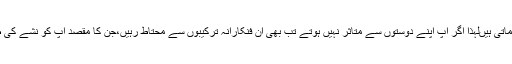
اور نشے سے منافع کماتی ہیںلہٰذا اگر آپ اپنے دوستوں سے متاثر نہیں ہوتے تب بھی ان فنکارانہ ترکیبوں سے محتاط رہیں،جن کا مقصد آپ کو نشے کی طرف راغب کرنا ہے۔